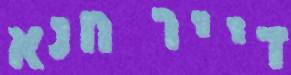
דייר חנא